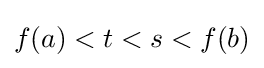
f(a)<t<s<f(b)